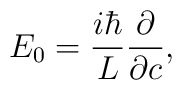
E_0= {i\hbar\over L}{\partial \over \partial c},